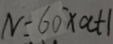
N = 6 0 ^ { \prime } \times a + 1